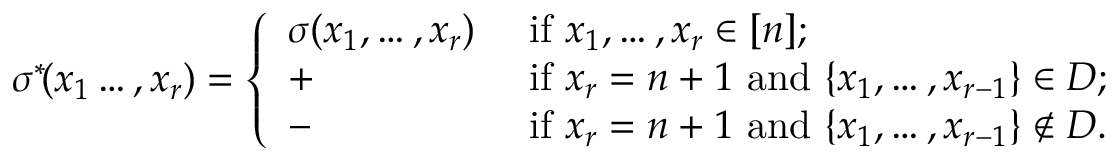
\begin{array} { r } { \sigma ^ { \ast } \! ( x _ { 1 } \ldots , x _ { r } ) = \left\{ \begin{array} { l l } { \sigma ( x _ { 1 } , \ldots , x _ { r } ) } & { \mathrm { ~ i f ~ } x _ { 1 } , \ldots , x _ { r } \in [ n ] ; } \\ { + } & { \mathrm { ~ i f ~ } x _ { r } = n + 1 \mathrm { ~ a n d ~ } \{ x _ { 1 } , \ldots , x _ { r - 1 } \} \in \cal { D } ; } \\ { - } & { \mathrm { ~ i f ~ } x _ { r } = n + 1 \mathrm { ~ a n d ~ } \{ x _ { 1 } , \ldots , x _ { r - 1 } \} \not \in \cal { D } . } \end{array} \right. } \end{array}